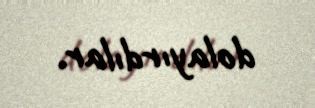
dolayırdılar.